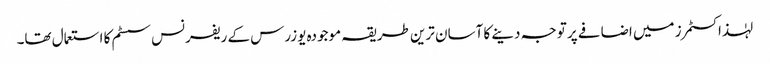
لہٰذا کسٹمرز میں اضافے پر توجہ دینے کا آسان ترین طریقہ موجودہ یوزرس کے ریفرنس سسٹم کا استعمال تھا۔